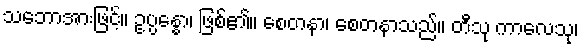
သဘောအားဖြင့်။ ဥပ္ပန္နော၊ ဖြစ်၏။ စေတနာ၊ စေတနာသည်။ တီသု ကာလေသု၊